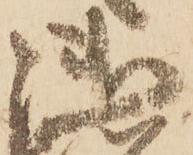
御